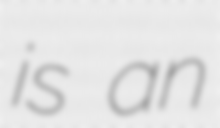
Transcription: is an